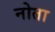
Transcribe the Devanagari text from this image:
नोता